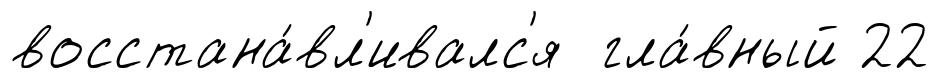
восстана́вл'ивалс'я гла́вный 22